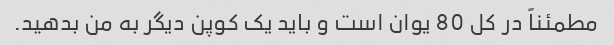
مطمئناً در کل 80 یوان است و باید یک کوپن دیگر به من بدهید.